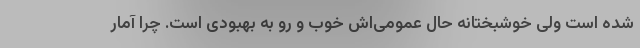
شده است ولی خوشبختانه حال عمومی‌اش خوب و رو به بهبودی است. چرا آمار